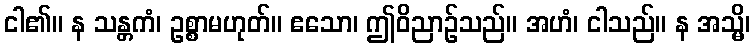
ငါ၏။ န သန္တကံ၊ ဥစ္စာမဟုတ်။ ဧသော၊ ဤဝိညာဉ်သည်။ အဟံ၊ ငါသည်။ န အသ္မိ၊